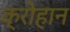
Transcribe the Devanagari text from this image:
क्रोहान